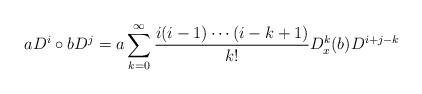
LaTeX: \begin{align*}a D^i\circ b D^j=a\sum\limits_{k=0}^\infty\frac{i(i-1)\cdots(i-k+1)}{k!}D_x^{k}(b)D^{i+j-k}\end{align*}